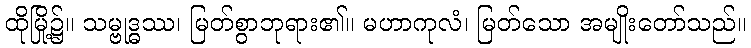
ထိုမြို့၌။ သမ္ဗုဒ္ဓဿ၊ မြတ်စွာဘုရား၏။ မဟာကုလံ၊ မြတ်သော အမျိုးတော်သည်။